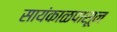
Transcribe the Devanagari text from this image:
सायंकाळपासून